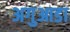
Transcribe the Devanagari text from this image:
अगुआडा